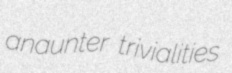
anaunter trivialities